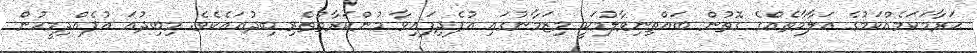
ޙަރާމަކަމެއްކަމުގެ ޢަލާމާތެއްގެ ގޮތުން ބައްތިނިވާލުމަކީ މިޒަމާނުގައި އުފެދިފައިވާ މުންކަރާތްތެރި ބިދުޢައެކެވެ. މިބިދުޢަ އުފެއްދިމީހުން